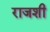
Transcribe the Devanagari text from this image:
राजशी